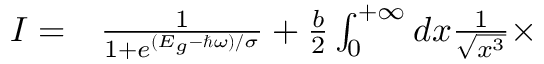
\begin{array} { r l } { I = } & { { } \frac { 1 } { 1 + e ^ { ( E _ { g } - \hbar \omega ) / \sigma } } + \frac { b } { 2 } \int _ { 0 } ^ { + \infty } d x \frac { 1 } { \sqrt { x ^ { 3 } } } \times } \end{array}